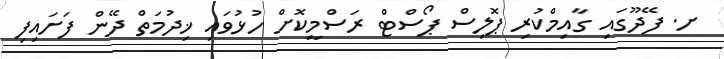
ށ. ފޭދޫގައި ގާއިމްކުރި ޕޮލިސް ޕޯސްޓް ރަސްމީކޮށް ހުޅުވައި ޚިދުމަތް ދޭން ފަށައިފި